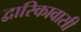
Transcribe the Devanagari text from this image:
द्वारिकावासी